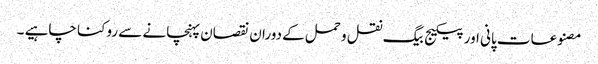
مصنوعات پانی اور پیکیج بیگ نقل و حمل کے دوران نقصان پہنچانے سے روکنا چاہیے ۔